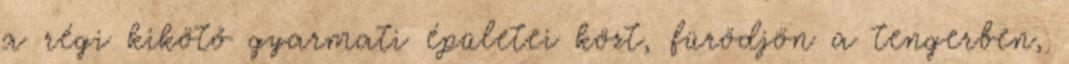
a régi kikötő gyarmati épületei közt, fürödjön a tengerben,